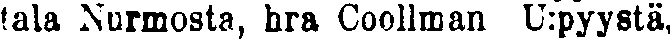
tala Nurmosta, hra Coollman U:pyystä,